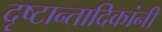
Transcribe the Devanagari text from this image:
दृष्टान्तादिकांनी